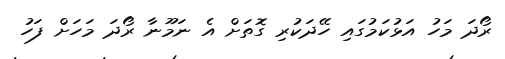
ރޯދަ މަހު އަޅުކަމުގައި ހޭދަކުރި ގޮތަށް އެ ނަމޫނާ ރޯދަ މަހަށް ފަހު